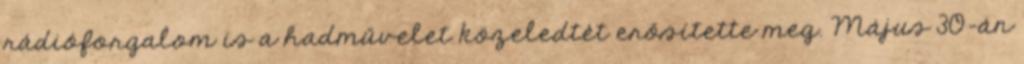
rádióforgalom is a hadművelet közeledtét erősítette meg. Május 30-án